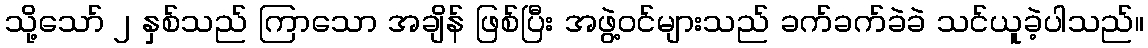
သို့သော် ၂ နှစ်သည် ကြာသော အချိန် ဖြစ်ပြီး အဖွဲ့ဝင်များသည် ခက်ခက်ခဲခဲ သင်ယူခဲ့ပါသည်။